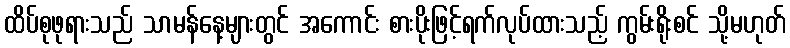
ထိပ်စုဖုရားသည် သာမန်နေ့များတွင် အကောင်း စားပိုးဖြင့်ရက်လုပ်ထားသည့် ကွမ်းရိုးစင် သို့မဟုတ်